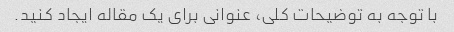
با توجه به توضیحات کلی، عنوانی برای یک مقاله ایجاد کنید.